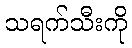
သရက်သီးကို